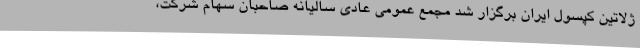
ژلاتین کپسول ایران برگزار شد مجمع عمومی عادی سالیانه صاحبان سهام شرکت،